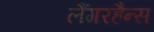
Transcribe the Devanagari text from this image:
लैंगरहैन्स